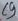
Text: C7